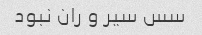
سس سیر و ران نبود